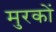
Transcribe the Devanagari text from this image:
मुरकों